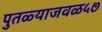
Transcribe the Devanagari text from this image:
पुतळ्याजवळ५७